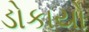
ડોકાયો